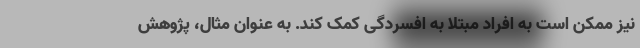
نیز ممکن است به افراد مبتلا به افسردگی کمک کند. به عنوان مثال، پژوهش